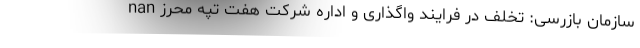
nan سازمان بازرسی: تخلف در فرایند واگذاری و اداره شرکت هفت تپه محرز